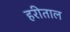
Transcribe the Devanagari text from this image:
हरीताल